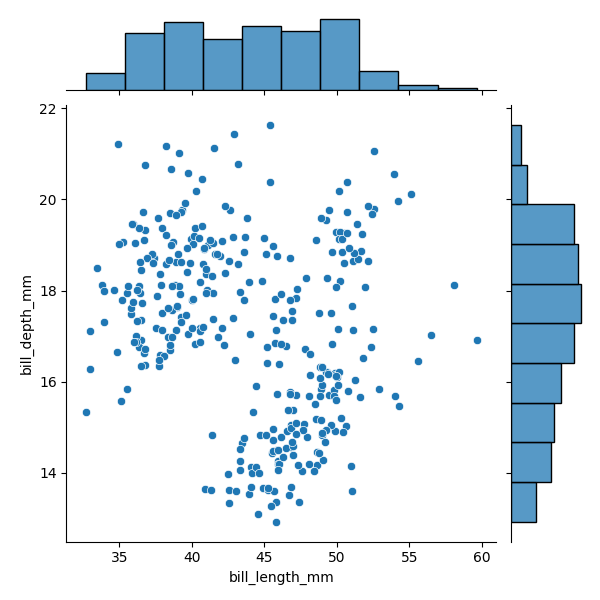
python, seaborn, JointGrid, scatterplot, histplot